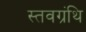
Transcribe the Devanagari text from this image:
स्तवग्रंथि